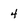
Character: 4